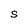
Character: S